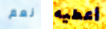
نعم أعطيه